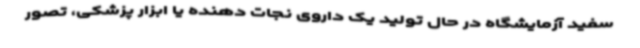
سفید آزمایشگاه در حال تولید یک داروی نجات دهنده یا ابزار پزشکی، تصور